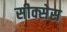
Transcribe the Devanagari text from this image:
सीक्सेस